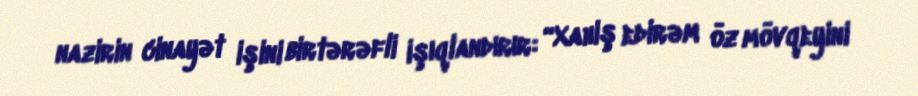
nazirin cinayət işini birtərəfli işıqlandırır: “Xahiş edirəm öz mövqeyini